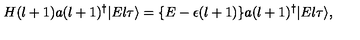
H ( l + 1 ) a ( l + 1 ) ^ { \dagger } | E l \tau \rangle = \{ E - \epsilon ( l + 1 ) \} a ( l + 1 ) ^ { \dagger } | E l \tau \rangle ,